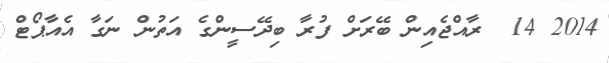
2014 14  ރާއްޖެއިން ބޭރަށް ފުރާ ބިދޭސީންގެ އަތުން ނަގާ އެއާޕޯޓް